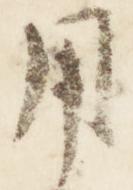
用